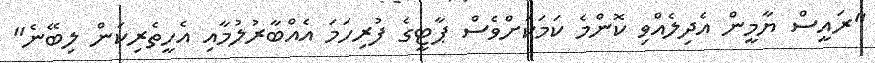
"ރައީސް ޔާމީން އެދިލެއްވި ކޮންމެ ކަމަކަށްވެސް ޕާޓީގެ ފުރިހަމަ އެއްބާރުލުމާއި އެހީތެރިކަން ލިބޭނެ"